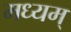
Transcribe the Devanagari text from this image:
मध्यम्